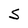
Character: S